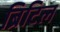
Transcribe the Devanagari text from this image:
ब्रिटिल